Vaccination report Assam 1896-1927 - 1896-1927
Year: 1896
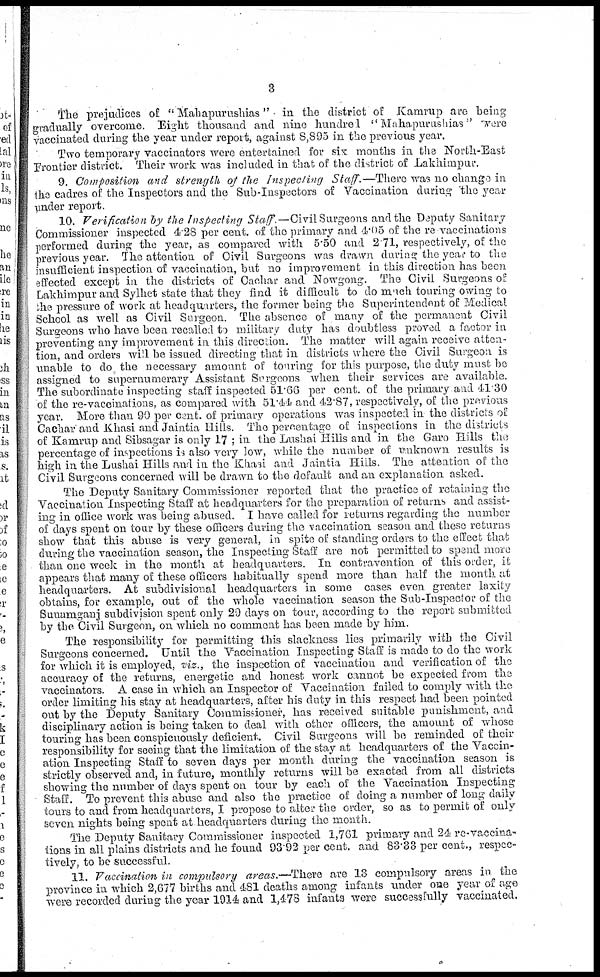
3
The prejudices of " Mahapurushias" in the district of Kamrup are being
gradually overcome. Eight thousand and nine hundred " Mahapurushias " were
vaccinated during the year under report, against 8,895 in the previous year.
Two temporary vaccinators were entertained for six months in the North-East
Frontier district. Their work was included in that of the district of Lakhimpur.
9. Composition and strength of the Inspecting Staff.—There was no change in.
the cadres of the Inspectors and the Sub-Inspectors of Vaccination during 'the year
under report.
10. Verification by the Inspecting Staff.—Civil Surgeons and the Deputy Sanitary
Commissioner inspected 4.28 per cent. of the primary and 4.05 of the re vaccinations
performed during the year, as compared with 5.50 and 2.71, respectively, of the
previous year. The attention of Civil Surgeons was drawn during the year to the
insufficient inspection of vaccination, but no improvement in this direction has been
effected except in the districts of Cachar and Nowgong. The Civil Surgeons of
Lakhimpur and Sylhet state that they find it difficult to do much touring owing to
the pressure of work at headquarters, the former being the Superintendent of Medical
School as well as Civil Surgeon. The absence of many of the permanent Civil
Surgeons who have been recalled to military duty has doubtless proved a factor in
preventing any improvement in, this direction. The matter will again receive atten-
tion, and orders will be issued directing that in districts where the Civil Surgeon is
unable to do the necessary amount of touring for this purpose, the duty must be
assigned to supernumerary Assistant Surgeons when their services are available.
The subordinate inspecting staff inspected 51.66 per cent. of the primary and 41.30
of the re-vaccinations, as compared with 51.44 and 42.87, respectively, of the previous
year. More than 90 per cent. of primary operations was inspected in the districts of
Cachar and Khasi and Jaintia Hills. The percentage of inspections in the districts
of Kamrup and Sibsagar is only 17 ; in the Lushai Hills and in the Garo Hills the
percentage of inspections is also very low, while the number of unknown results is
high in the Lushai Hills and in the Khasi and Jaintia Hills. The attention of the
Civil Surgeons concerned will be drawn to the default and an explanation asked.
The Deputy Sanitary Commissioner reported that the practice of retaining the
Vaccination Inspecting Staff at headquarters for the preparation of returns and assist-
ing in office work was being abused. I have called for returns regarding the number
of days spent on tour by these officers during the vaccination season and these returns
show that this abuse is very general, in spite of standing orders to the effect that
during the vaccination season, the Inspecting Staff are not permitted to spend more
than one week in the month at headquarters. In contravention of this order, it
appears that many of these officers habitually spend more than half the month at
headquarters. At subdivisional headquarters in some cases even greater laxity
obtains, for example, out of the whole vaccination season the Sub-Inspector of the
Sunamganj subdivision spent only 29 days on tour, according to the report submitted
by the Civil Surgeon, on which no comment has been made by him.
The responsibility for permitting this slackness lies primarily with the Civil
Surgeons concerned. Until the Vaccination Inspecting Staff is made to do the work
for which it is employed, viz., the inspection of vaccination and verification of the
accuracy of the returns, energetic and honest work cannot be expected from the
vaccinators. A case in which an Inspector of Vaccination failed to comply with the
order limiting his stay at headquarters, after his duty in this respect had been pointed
out by the Deputy Sanitary Commissioner, has received suitable punishment, and
disciplinary action is being taken to deal with other officers, the amount of whose
touring has been conspicuously deficient. Civil Surgeons will be reminded of their
responsibility for seeing that the limitation of the stay at headquarters of the Vaccin-
ation Inspecting Staff to seven days per month during the vaccination season is
strictly observed and, in future, monthly returns will be exacted from all districts
showing the number of days spent on tour by each of the Vaccination Inspecting
Staff. To prevent this abuse and also the practice of doing a number of long daily
tours to and from headquarters, I propose to alter the order, so as to permit of only
seven nights being spent at headquarters during the month.
The Deputy Sanitary Commissioner inspected 1,761 primary and 24 re-vaccina¬
tions in all plains districts and he found 93.92 per cent. and 83.33 per cent., respec-
tively, to be successful.
11. Vaccination in compulsory areas.—There are 13 compulsory areas in the
province in which 2,677 births and 481 deaths among infants under one year of age
were recorded during the year 1914 and 1,478 infants were successfully vaccinated.